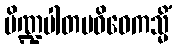
ပိဏ္ဍပါတပဝိဝေကသ္မိံ